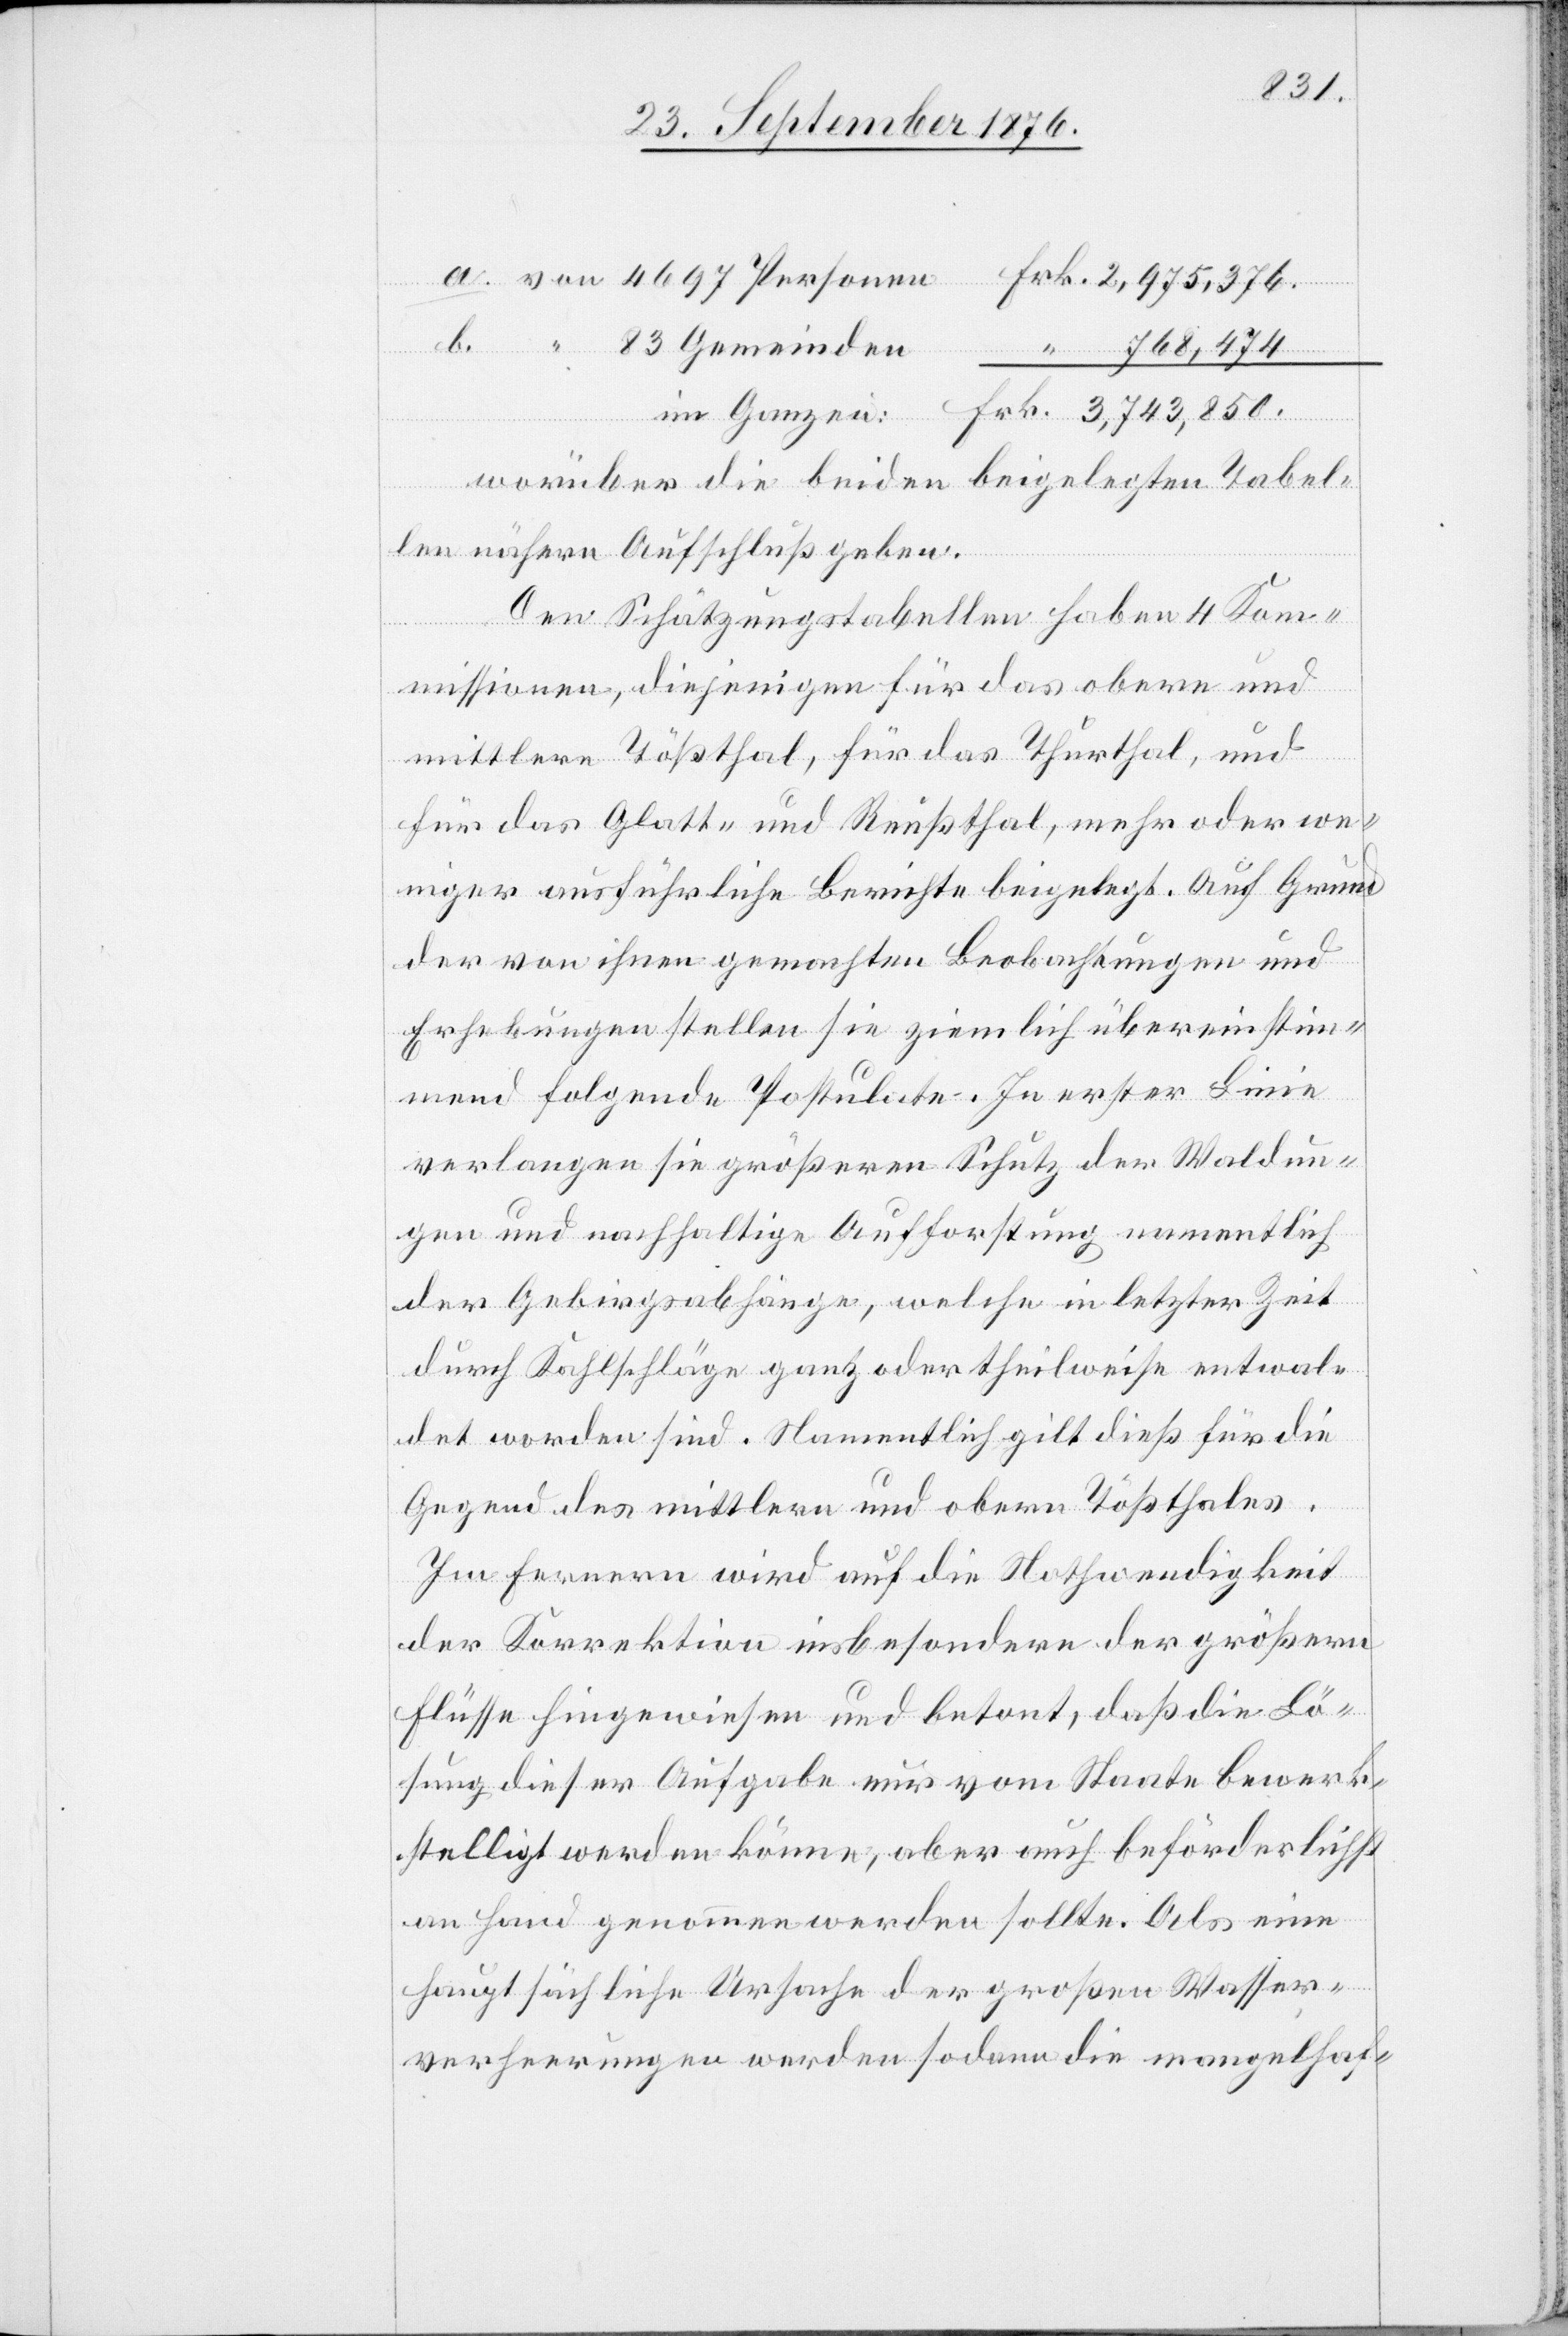
inden

im Ganzen:
Frk.
worüber die beiden beigelegten Tabel¬
len nähern Aufschluß geben.
Den Schätzungstabellen haben 4 Kom¬
missionen, diejenigen für das obere und
mittlere Tößthal, für das Thurthal, und
Geme¬
für das Glatt- und Reußthal, mehr oder we¬
niger ausführliche Berichte beigelegt. Auf Grund
der von ihnen gemachten Beobachtungen und
Erhebungen stellen sie ziemlich übereinstim¬
mend folgende Postulate. In erster Linie
verlangen sie, größeren Schutz der Waldun¬
gen und nachhaltige Aufforstung namentlich
der Gebirgsabhänge, welche in letzter Zeit
durch Kahlschläge ganz oder theilweise entwal¬
det worden sind. Namentlich gilt dieß für die
Gegend des mittlern und obern Tößthales.
Im Fernern wird auf die Nothwendigkeit
der Korrektion insbesondere der größern
Flüsse hingewiesen und beton, daß die Lö¬
sung dieser Aufgabe nur vom Staate bewerk¬
stelligt werden könne, aber auch beförderlichst
an Hand genommen werden sollte. Als eine
hauptsächliche Ursache der großen Wasser¬
verheerungen werden sodann die mangelhaf-